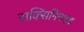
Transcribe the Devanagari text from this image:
सक्सिनिमाइड